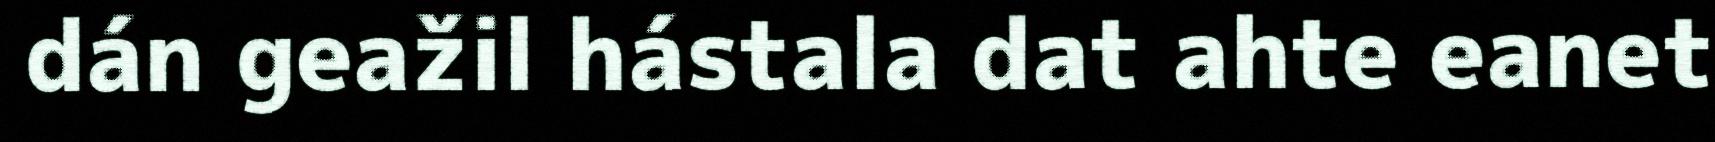
dán geažil hástala dat ahte eanet